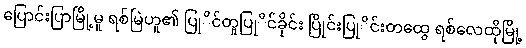
ပြောင်းပြာမြို့မူ ရစ်မြဲဟူ၏ ပြုိင်တူပြုိင်ခိုင်း ပြိုင်းပြုိင်းတထွေ ရစ်လေထိုမြို့